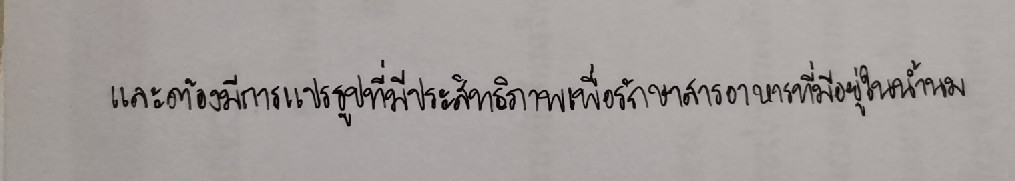
และต้องมีการแปรรูปที่มีประสิทธิภาพเพื่อรักษาสารอาหารที่มีอยู่ในน้ำนม